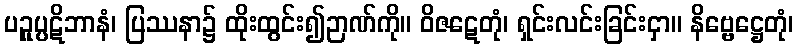
ပဉှုပ္ပဋိဘာနံ၊ ပြဿနာ၌ ထိုးထွင်း၍ဉာဏ်ကို။ ဝိဇဋေတုံ၊ ရှင်းလင်းခြင်းငှာ။ နိဗ္ဗေဋ္ဌေတုံ၊